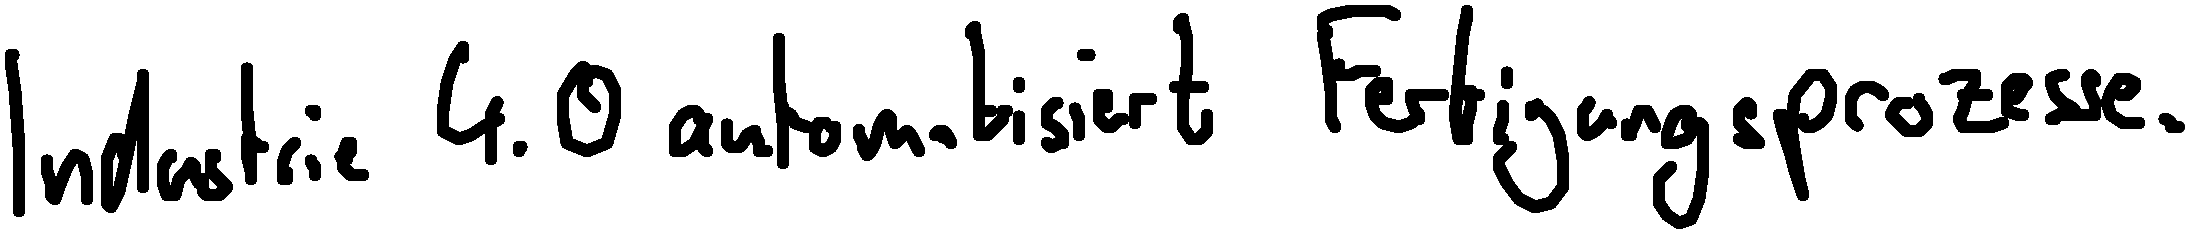
Industrie 4.0 automatisiert Fertigungsprozesse.